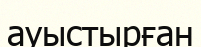
ауыстырған